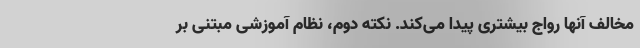
مخالف آنها رواج بیشتری پیدا می‌کند. نکته دوم، نظام آموزشی مبتنی بر